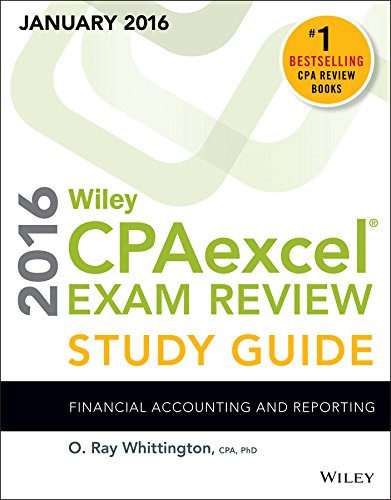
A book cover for Wiley CPAexcel Exam Review 2016 Study Guide January: Financial Accounting and Reporting (Wiley Cpa Exam Review); O. Ray Whittington; Test Preparation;